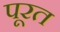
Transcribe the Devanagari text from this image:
पूरत